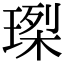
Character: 𤧮